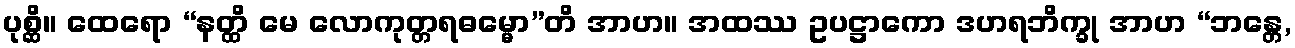
ပုစ္ဆိ။ ထေရော “နတ္ထိ မေ လောကုတ္တရဓမ္မော”တိ အာဟ။ အထဿ ဥပဋ္ဌာကော ဒဟရဘိက္ခု အာဟ “ဘန္တေ,